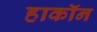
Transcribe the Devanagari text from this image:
हाकॉन